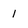
Character: 1